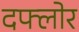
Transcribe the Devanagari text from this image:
दफ्लोर